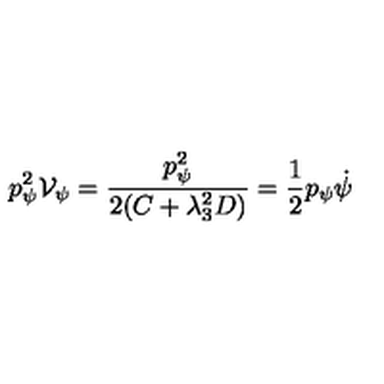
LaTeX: p _ { \psi } ^ { 2 } { \cal V } _ { \psi } = \frac { p _ { \psi } ^ { 2 } } { 2 ( C + \lambda _ { 3 } ^ { 2 } D ) } = \frac { 1 } { 2 } p _ { \psi } \dot { \psi }